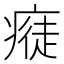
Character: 𤸭